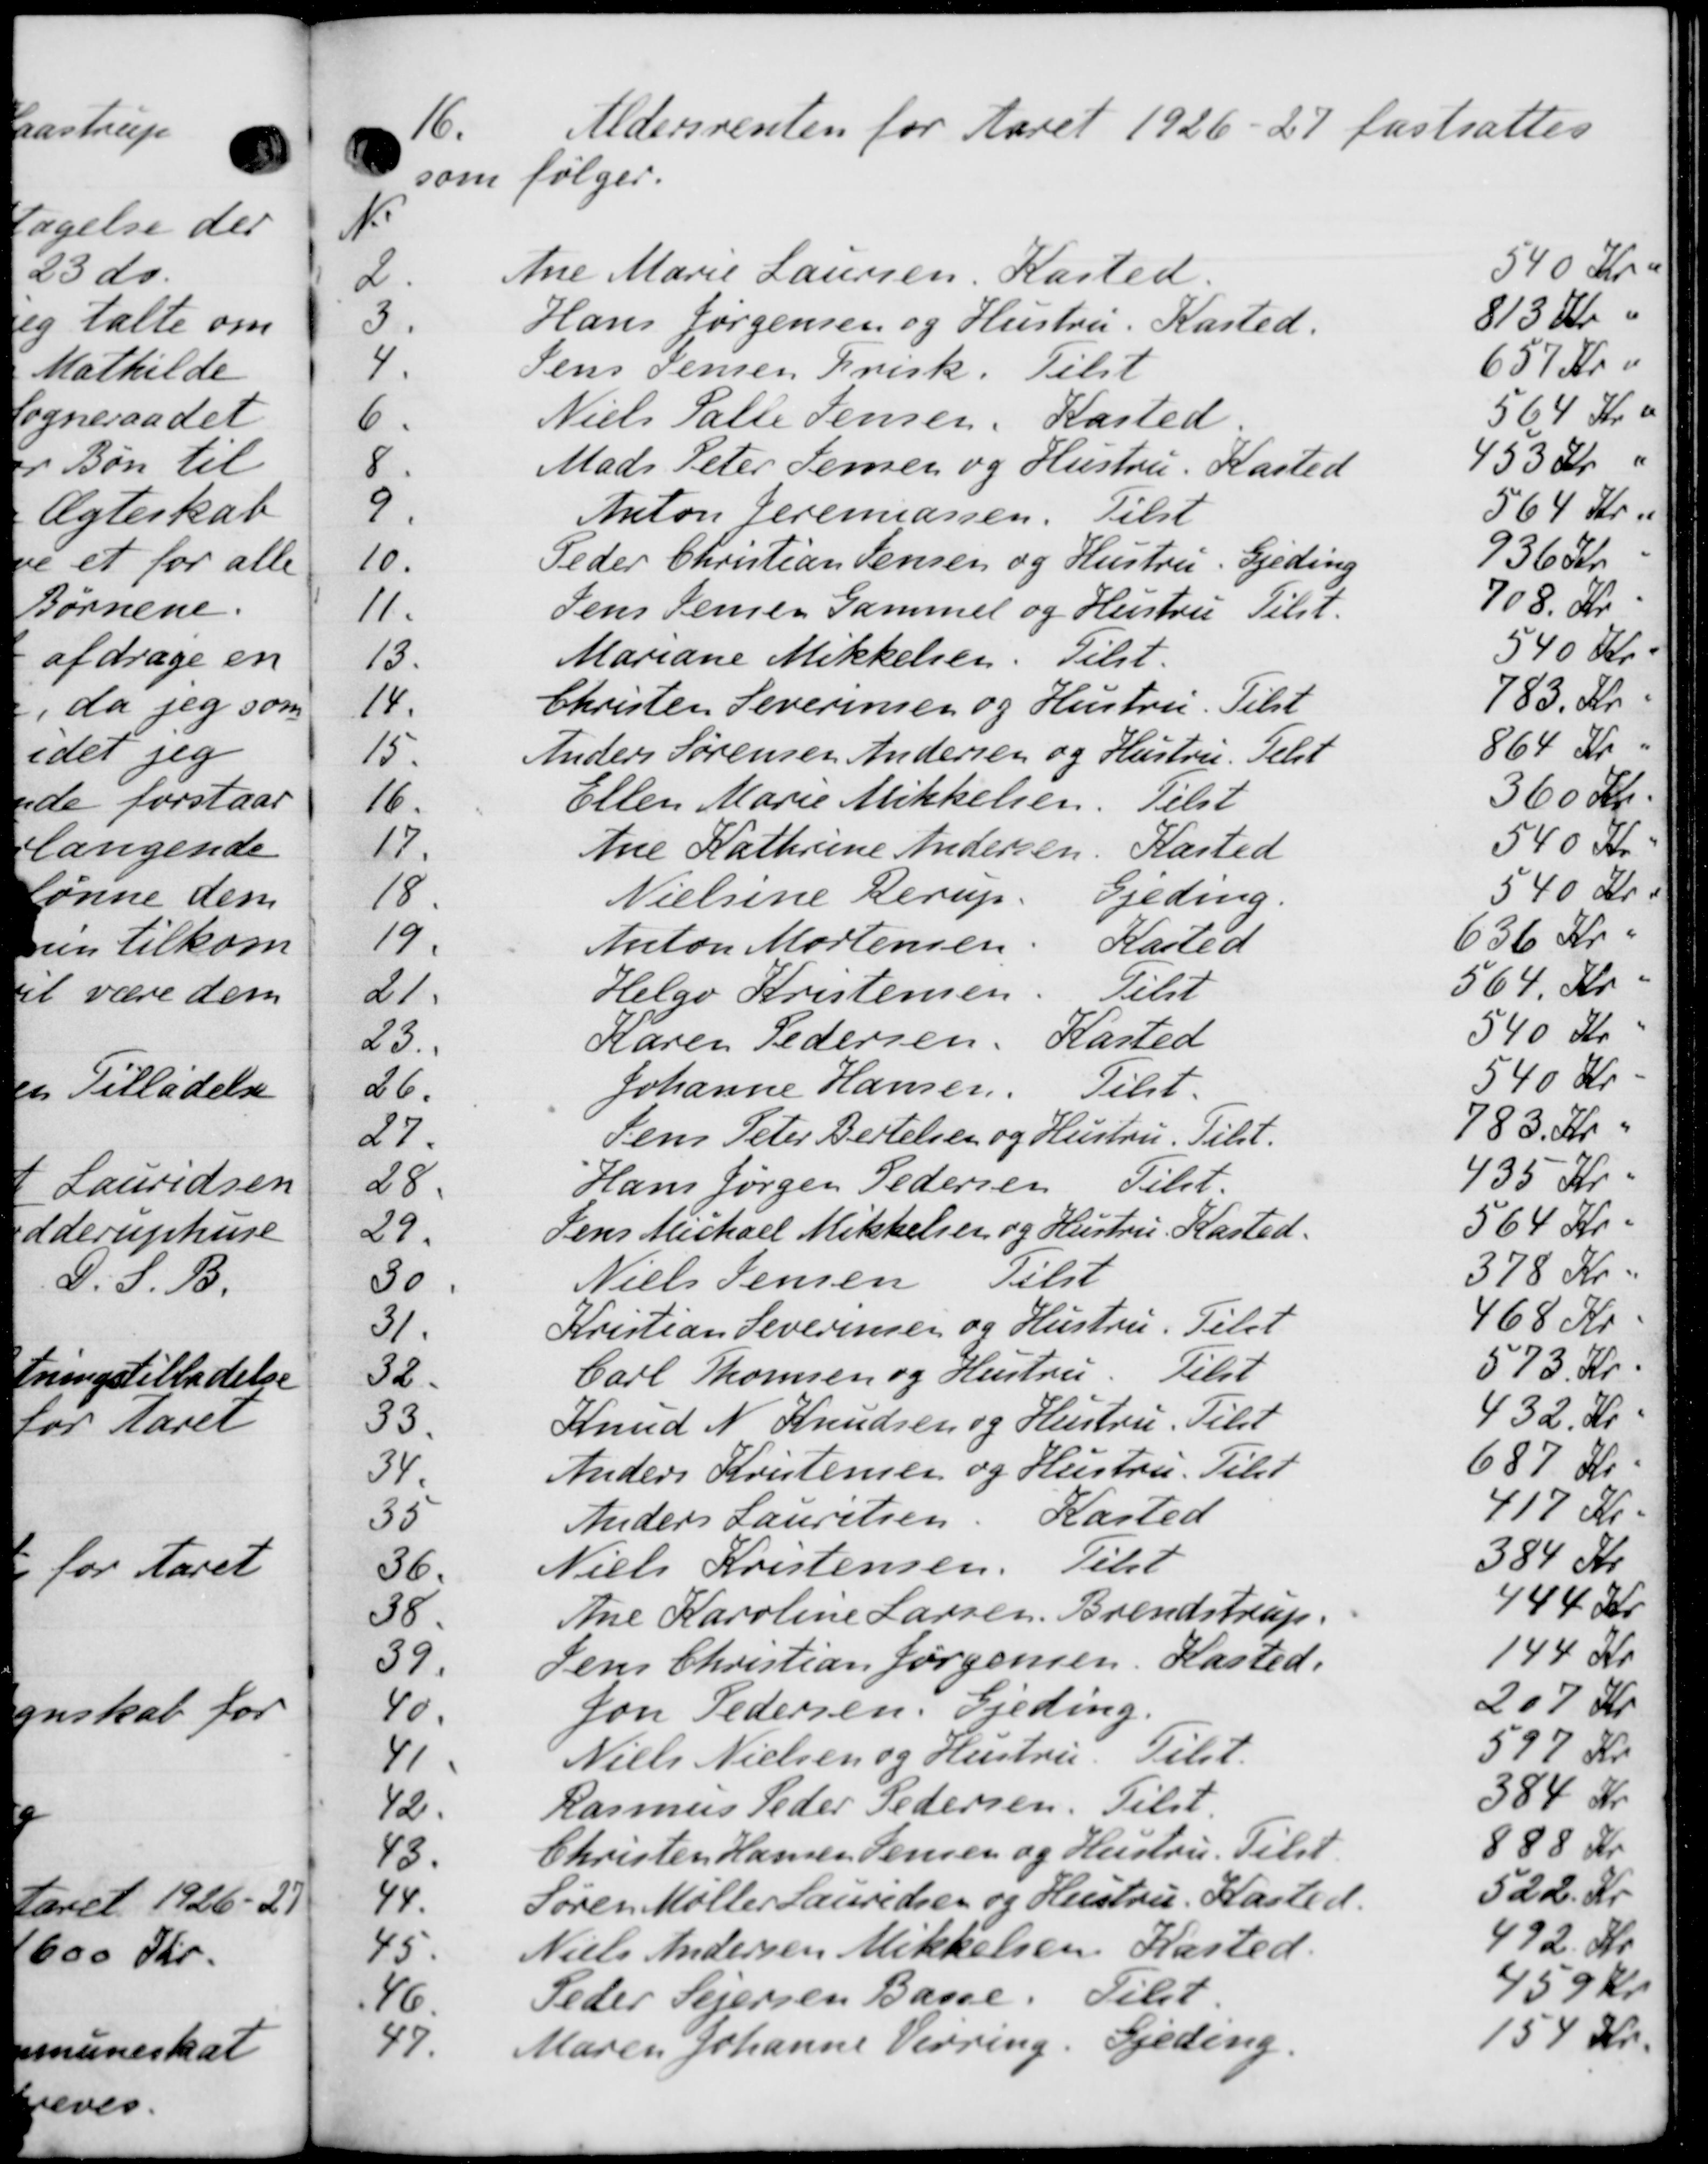
Transskription:
16.
Aldersrenten for Aaret 1926 - 27 fastsattes
som følger.
N.
2.
Ane Marie Laursen, Kasted.
540 Kr
3
Hans Jørgensen og Hustru. Kasted.
813 Kr.
4.
Jens Jensen Krisk. Tilst
657 Kr i
6.
Niels Palle Jensen, Kasted.
564 Kr a
8
Mads Peter Jensen og Hustru. Kasted
453 Kr "
9
Anton Jeremassen. Tilst
564 Kr.
10.
Peder Christian Jensen og Hustru. Gjeding
936 Kr.
11.
Jens Jensen Gammel og Hustru Tilst.
708 Kr.
13.
Mariane Mikkelsen. Tilst.
540 Kr.
14.
Christen Severinsen og Hustru. Tilst
783 Kr.
15.
Anders Sørensen Andersen og Hustru. Telst
864 Kr.
16.
Ellen Marie Mikkelsen. Tilst
360 Kr.
17.
Ane Kathrine Andersen, Kasted
540 Kr
18
Nielsine Herup Gjeding
540 Kr.
19.
Anton Mortensen Kasted
636 Kr.
21
Helge Kristensen Eilst
564 Kr.
23.
Karen Pedersen, Kasted
540 Kr
26.
Johanne Hansen.  Tilst.
540 Kr
27.
Jens Peter Bertelsen og Hustru. Tilst.
783 Kr.
28.
Hans Jørgen Pedersen   Tilst
435 Kr.
29.
Jens Michael Mikkelsen og Hustru Kasted.
564 Kr.
30
Niels Jensen Tilst
378 Kr.
31
Kristian Severensen og Hustru. Tilst
468 Kr
32.
Carl Thomsen og Hustru. Tilst
573 Kr.
33.
Knud N Knudsen og Hustru. Tilst
432 Kr.
34.
Anders Kristensen og Hustru. Tilst
687 Kr.
35
Anders Lauritsen, Kasted
417 Kr.
36.
Niels Kristensen. Tilst
384 Kr
38.
Ane Karoline Larsen, Brendstrup.
444 Kr
39.
Jens Christian Jørgensen, Hasted.
144 Kr
40.
Jon Pedersen, Gjeding.
207 Kr
4
Niels Nielsen og Hustru. Tilst.
597 Kr
42.
Rasmus Peder Pedersen. Tilst.
384 Kr
43.
Christen Hansen Jensen og Hustru. Tilst
888 Kr
44.
Søren Møller Lauridsen og Hustru Kasted
522 Kr
45.
Niels Andersen Mikkelsen Kasted.
492 Kr
46.
Peder Sejersen Basse. Tilst.
459 Kr
47
Maren Johanne Verring. Gjeding.
154 Kr.